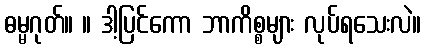
ဓမ္မဂုတ်။ ။ ဒါ့ပြင်ကော ဘာကိစ္စများ လုပ်ရသေးလဲ။